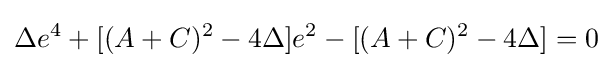
\Delta e^{4}+[(A+C)^{2}-4\Delta ]e^{2}-[(A+C)^{2}-4\Delta ]=0